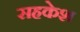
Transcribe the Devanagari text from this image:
सहकेश